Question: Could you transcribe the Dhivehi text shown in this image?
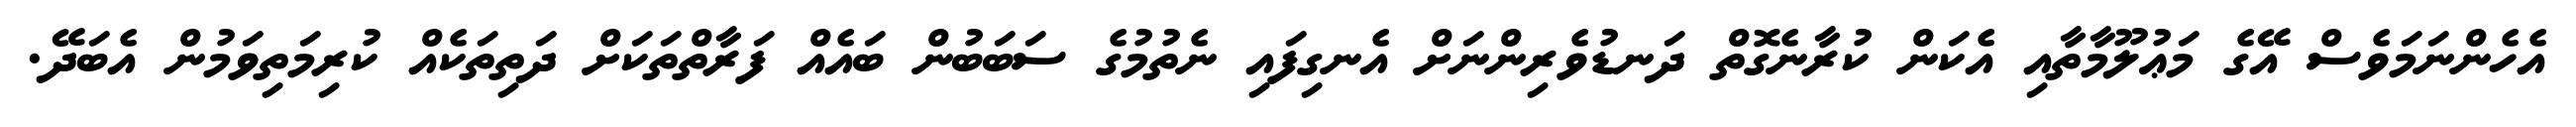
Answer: އެހެންނަމަވެސް އޭގެ މަޢުލޫމާތާއި އެކަން ކުރާނެގޮތް ދަނޑުވެރިންނަށް އެނގިފައި ނެތުމުގެ ސަބަބުން ބައެއް ފަރާތްތަކަށް ދަތިތަކެއް ކުރިމަތިވަމުން އެބަދޭ.